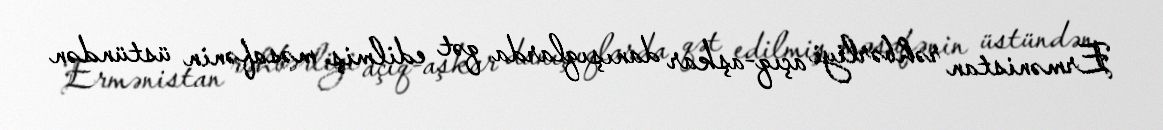
Ermənistan rəhbərliyi açıq-aşkar danışıqlarda qət edilmiş məsafənin üstündən